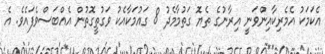
އެކަމަކު އެމެރިކާއިންވަނީ އިރާނުގެ ތެޔޮ ގަތުމާމެދު 8 ގައުމަކާއެކު ވަގުތީގޮތުން އެއްބަސްވެފައެވެ. އެ